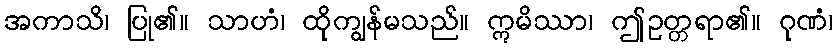
အကာသိ၊ ပြု၏။ သာဟံ၊ ထိုကျွန်မသည်။ ဣမိဿာ၊ ဤဥတ္တရာ၏။ ဂုဏံ၊